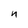
Character: n